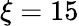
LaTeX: \xi=15